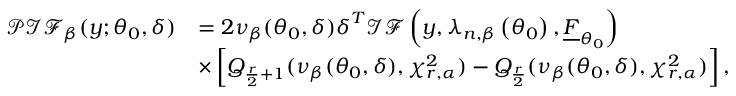
\begin{array} { r l } { \mathcal { P I F } _ { \beta } ( \boldsymbol { y } ; \boldsymbol { \theta } _ { 0 } , \boldsymbol { \delta } ) } & { = 2 \nu _ { \beta } ( \boldsymbol { \theta } _ { 0 } , \boldsymbol { \delta } ) \boldsymbol { \delta } ^ { T } \mathcal { I F } \left( \boldsymbol { y } , \boldsymbol { \lambda } _ { n , \beta } \left( \boldsymbol { \theta } _ { 0 } \right) , \underline { { F } } _ { \boldsymbol { \theta } _ { 0 } } \right) } \\ & { \times \left[ Q _ { \frac { r } { 2 } + 1 } ( \nu _ { \beta } ( \boldsymbol { \theta } _ { 0 } , \boldsymbol { \delta } ) , \chi _ { r , \alpha } ^ { 2 } ) - Q _ { \frac { r } { 2 } } ( \nu _ { \beta } ( \boldsymbol { \theta } _ { 0 } , \boldsymbol { \delta } ) , \chi _ { r , \alpha } ^ { 2 } ) \right] , } \end{array}